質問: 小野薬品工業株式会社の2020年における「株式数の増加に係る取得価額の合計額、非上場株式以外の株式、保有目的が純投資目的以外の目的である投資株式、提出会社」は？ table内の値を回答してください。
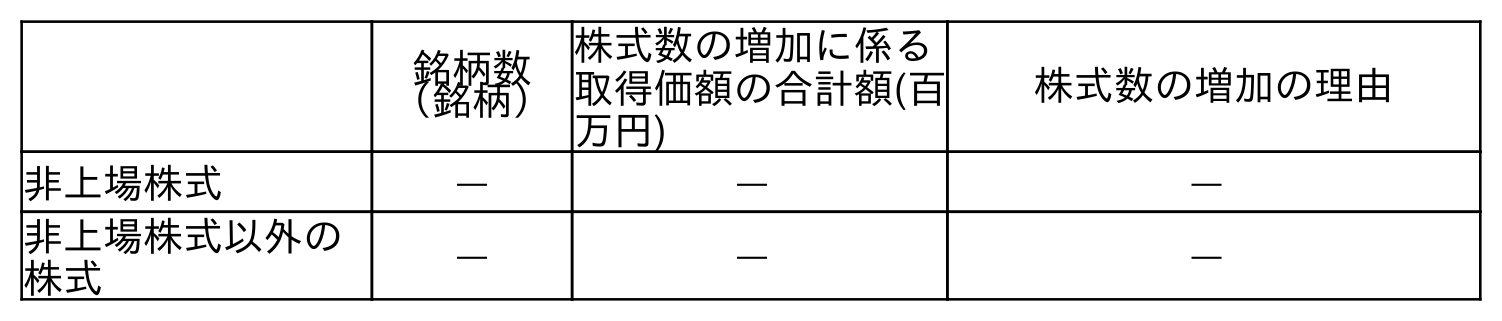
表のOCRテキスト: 銘柄数 （銘柄） 株式数の増加に係る 取得価額の合計額(百 万円) 株式数の増加の理由 非上場株式 ― ― ― 非上場株式以外の 株式 ― ― ―
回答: ―